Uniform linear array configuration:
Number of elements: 24
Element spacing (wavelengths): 0.75
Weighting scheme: uniform
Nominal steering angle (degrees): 30
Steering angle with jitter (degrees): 29.668
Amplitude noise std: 0.05
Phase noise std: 0.05

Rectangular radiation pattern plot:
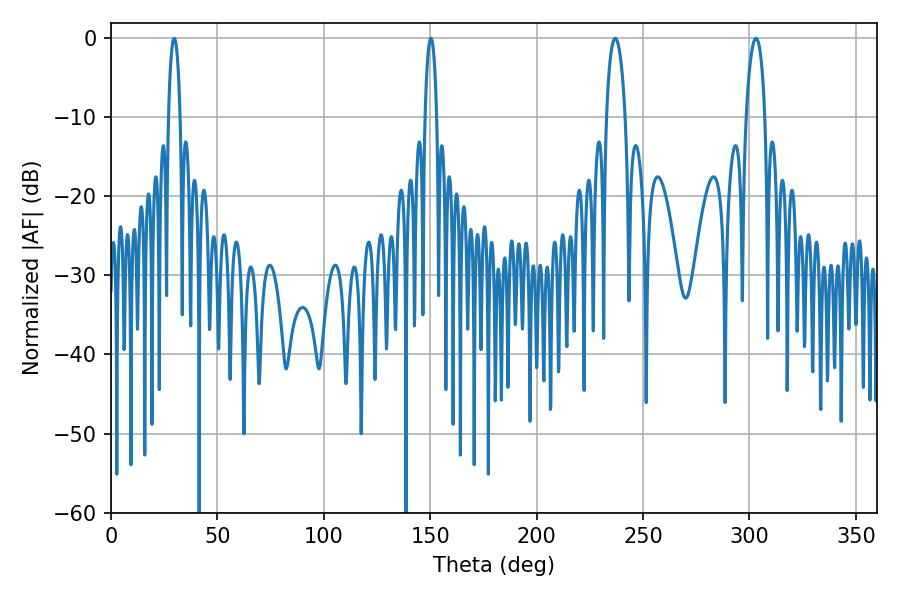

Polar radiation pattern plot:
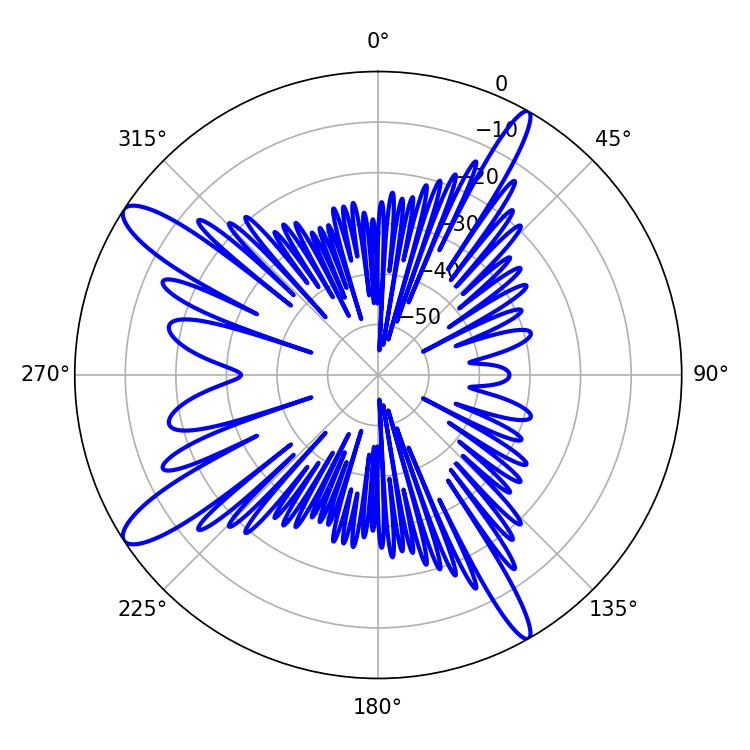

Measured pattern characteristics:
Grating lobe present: TRUE
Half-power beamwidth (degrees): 3.24
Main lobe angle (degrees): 29.7